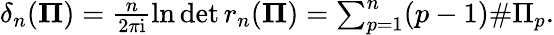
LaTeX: \begin{array}{r}{\delta_{n}({\mathbf\Pi})=\frac{n}{2\pi\mathrm{i}}\ln\operatorname*{det}r_{n}({\mathbf\Pi})=\sum_{p=1}^{n}(p-1)\# \Pi_{p}.}\end{array}